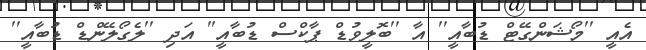
އެއީ ''މޯޝަންގޭޓް ޑުބާއީ'' އާ ''ބޮލީވުޑް ޕާކްސް ޑުބާއީ'' އަދި ''ލެގޯލޭންޑް ޑުބާއީ''